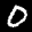
Label: 0